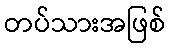
တပ်သားအဖြစ်